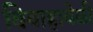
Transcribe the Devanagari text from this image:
विवाहावेळी